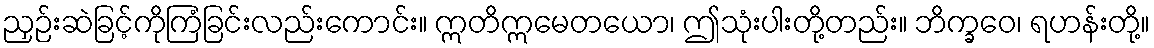
ညှဉ်းဆဲခြင့်ကိုကြံခြင်းလည်းကောင်း။ ဣတိဣမေတယော၊ ဤသုံးပါးတို့တည်း။ ဘိက္ခဝေ၊ ရဟန်းတို့။